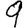
Digit: 9